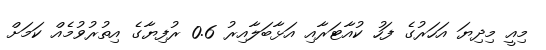
މިއީ މިދިޔަ އަހަރުގެ ފަހު ކުއާޓަރާއި އަޅާބަލާއިރު 0.6 ރުފިޔާގެ އިތުރުވުމެއް ކަމަށް